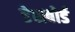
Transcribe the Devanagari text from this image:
डेशबोर्ड